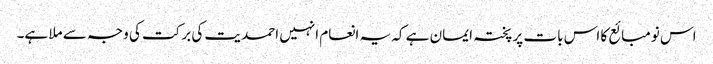
اس نومبائع کا اس بات پر پختہ ایمان ہے کہ یہ انعام انہیں احمدیت کی برکت کی وجہ سے ملا ہے۔